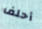
أحلف